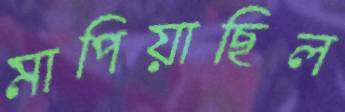
মাপিয়াছিল